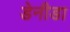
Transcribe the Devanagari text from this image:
डेनीडा